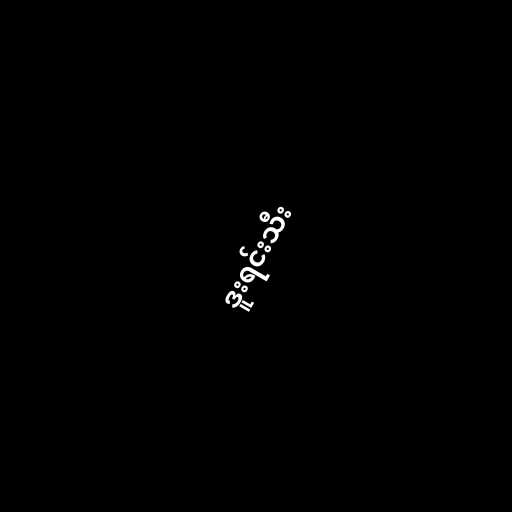
ဒူးရင်းသီး